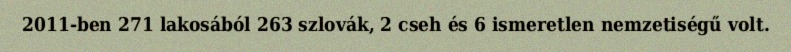
2011-ben 271 lakosából 263 szlovák, 2 cseh és 6 ismeretlen nemzetiségű volt.